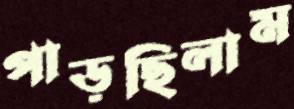
পাড়ছিলাম